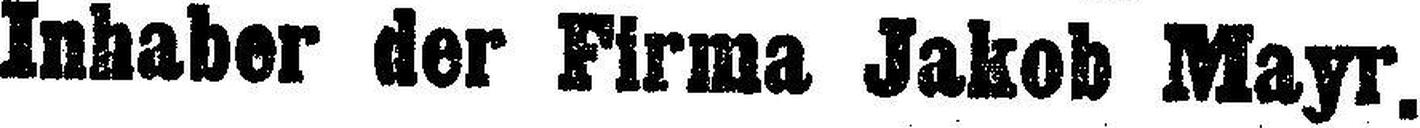
Inhaber der Firma Jakob Mayr.